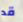
قد